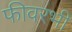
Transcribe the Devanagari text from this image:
फीवरभी